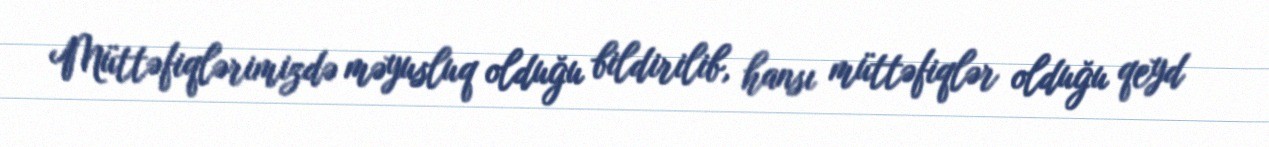
Müttəfiqlərimizdə məyusluq olduğu bildirilib, hansı müttəfiqlər olduğu qeyd